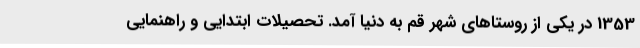
1353 در یکی از روستاهای شهر قم به دنیا آمد. تحصیلات ابتدایی و راهنمایی